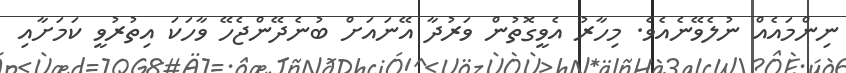
ނިންމައެއް ނުލެވޭނެއެވެ. މިހާރު އެވީގޮތުން ވަރުދާ އޭނައަށް ބުނެދޭންޖެހޭ ވާހަކަ އިތުރުވީ ކަމަށާއި